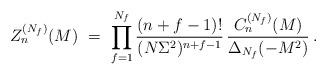
LaTeX: \begin{align*}Z_n^{(N_f)}(M) \ = \ \prod_{f=1}^{N_f} \frac{(n+f-1)!}{(N\Sigma^2)^{n+f-1}}\,\frac{C_n^{(N_f)}(M)}{\Delta_{N_f}(-M^2)}\:.\end{align*}